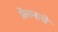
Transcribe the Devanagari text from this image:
फ्रेस्नाये